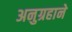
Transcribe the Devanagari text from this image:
अनुग्रहाने